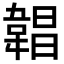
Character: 𩎿